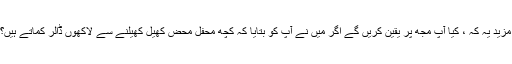
مزید یہ کہ ، کیا آپ مجھ پر یقین کریں گے اگر میں نے آپ کو بتایا کہ کچھ محفل محض کھیل کھیلنے سے لاکھوں ڈالر کماتے ہیں؟